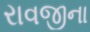
રાવજીના